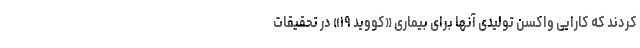
کردند که کارایی واکسن تولیدی آنها برای بیماری «کووید ۱۹» در تحقیقات